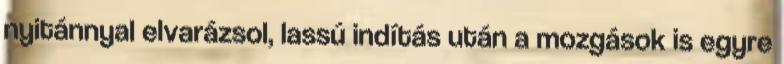
nyitánnyal elvarázsol, lassú indítás után a mozgások is egyre